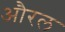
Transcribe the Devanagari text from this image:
औरल